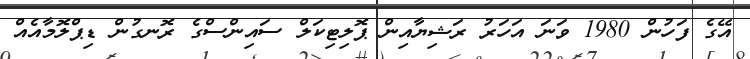
އޭގެ ފަހުން 1980 ވަނަ އަހަރު ރަޝިޔާއިން ޕޮލިޓިކަލް ސައިންސްގެ ރޮނގުން ޑިޕްލޮމާއެއް